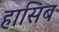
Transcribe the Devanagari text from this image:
हासिब